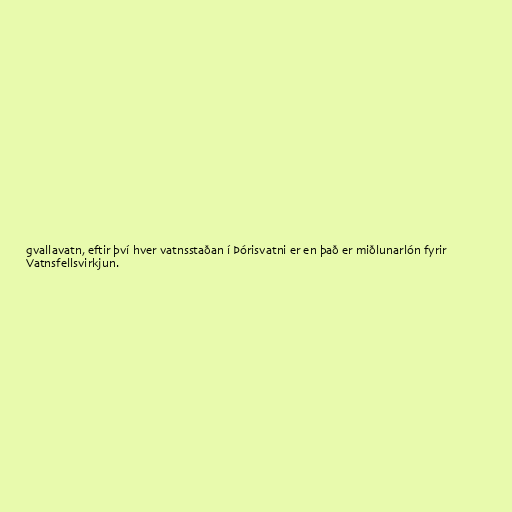
gvallavatn, eftir því hver vatnsstaðan í Þórisvatni er en það er miðlunarlón fyrir
Vatnsfellsvirkjun.